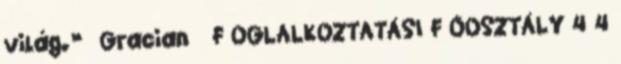
világ.” Gracian F OGLALKOZTATÁSI F ŐOSZTÁLY 4 4